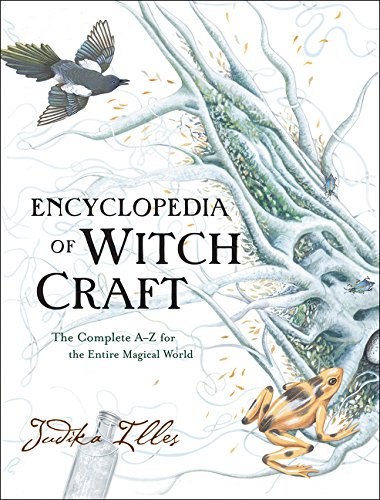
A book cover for Encyclopedia of Witchcraft: The Complete A-Z for the Entire Magical World; Judika Illes; Religion & Spirituality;